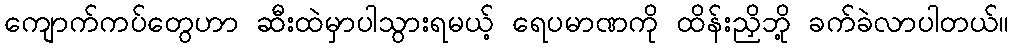
ကျောက်ကပ်တွေဟာ ဆီးထဲမှာပါသွားရမယ့် ရေပမာဏကို ထိန်းညှိဘို့ ခက်ခဲလာပါတယ်။